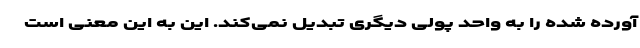
آورده شده را به واحد پولی دیگری تبدیل نمی‌کند. این به این معنی است